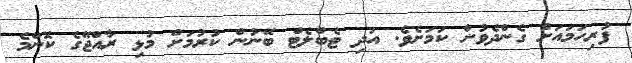
ފުރިހަމައަށް ގެންދެވުން ކަމަށެވެ. އަދި ޓެބްލެޓް ބޭނުން ކުރުމަށް މުޅި ރާއްޖޭގެ ކޮންމެ